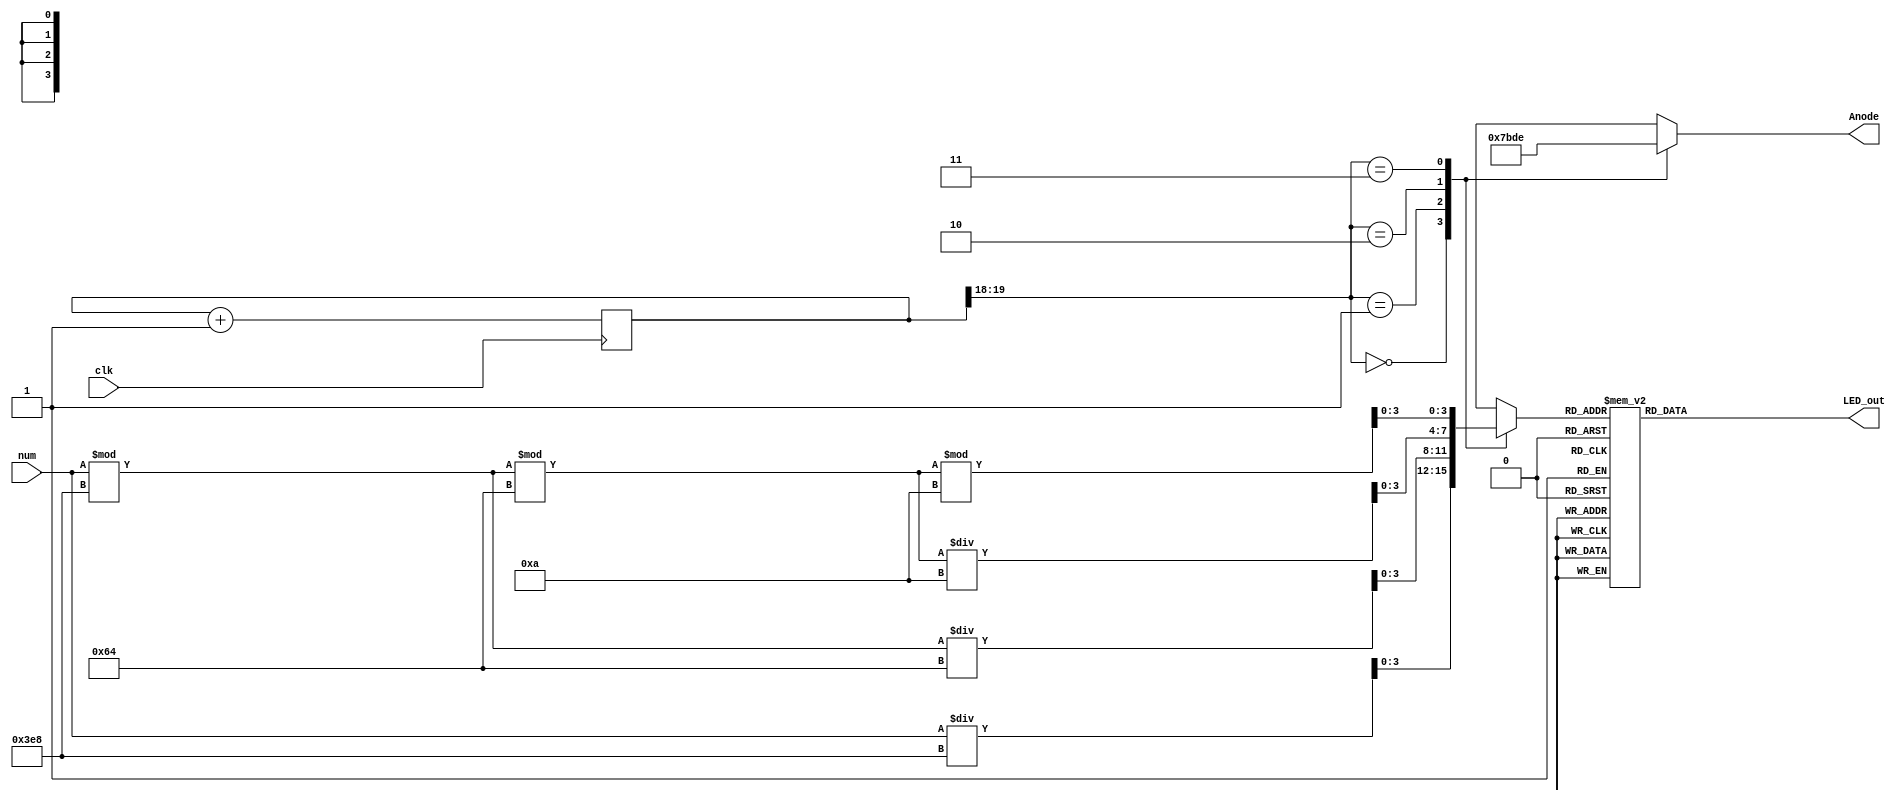

`timescale 1ns/1ns

module SSDDriver (
   input clk, 
   input [12:0] num, 
   output reg [3:0] Anode,  
   output reg [6:0] LED_out
);
    
   reg [3:0] LED_BCD;
   reg [19:0] refresh_counter = 0; // 20-bit counter
   wire [1:0] LED_activating_counter; 

   always @(posedge clk)
      begin 
         refresh_counter <= refresh_counter + 1;
      end 
   
   assign LED_activating_counter = refresh_counter[19:18];
   
   always @(*)
      begin
         case(LED_activating_counter)
         2'b00: begin
            Anode = 4'b0111; 
            LED_BCD = num/1000;
              end
         2'b01: begin
            Anode = 4'b1011; 
            LED_BCD = (num % 1000)/100;
              end
         2'b10: begin
            Anode = 4'b1101; 
            LED_BCD = ((num % 1000)%100)/10;
                end
         2'b11: begin
            Anode = 4'b1110; 
            LED_BCD = ((num % 1000)%100)%10;
               end
         endcase
      end

    always @(*)
       begin
          case(LED_BCD)
          4'b0000: LED_out = 7'b0000001; // "0"
          4'b0001: LED_out = 7'b1001111; // "1" 
          4'b0010: LED_out = 7'b0010010; // "2" 
          4'b0011: LED_out = 7'b0000110; // "3" 
          4'b0100: LED_out = 7'b1001100; // "4" 
          4'b0101: LED_out = 7'b0100100; // "5" 
          4'b0110: LED_out = 7'b0100000; // "6" 
          4'b0111: LED_out = 7'b0001111; // "7" 
          4'b1000: LED_out = 7'b0000000; // "8"
          4'b1001: LED_out = 7'b0000100; // "9" 
          default: LED_out = 7'b0000001; // "0"
          endcase
       end
 endmodule